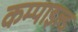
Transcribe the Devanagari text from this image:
कम्पाइल्ड